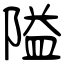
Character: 隘